Vaccination report Assam 1896-1927 - 1896-1927
Year: 1896
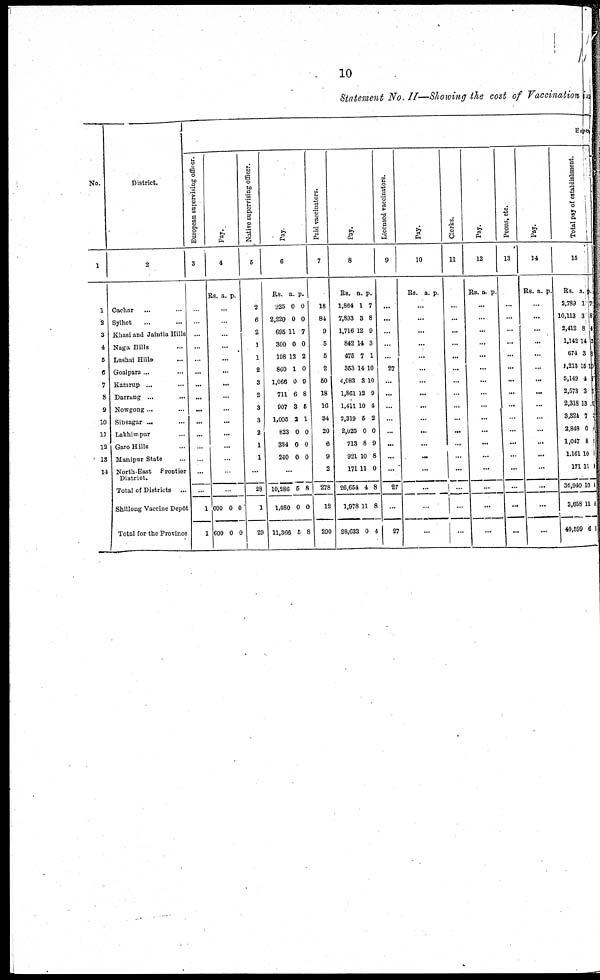
10
Statement No. II—Showing the cost of Vaccination in
No.
1
1
2
3
4
5
6
7
8
9
10
11
12
13
14
District.
2
Cachar ... ...
Sylhet ... ...
Khasi and Jaintia Hills
Noga Bills ...
Lushai Hills. ...
Goalpara ...
Kamrup ... ...
Darrung ... ...
Nowgong... ...
Sibsagar ... ...
Lakhimpur ...
Garo Hills ...
Manipur State ...
North-East
Frontier
District.
Total of Districts
...
Shillong Vaccine Depôt
Total for the Province
Expen
European supervising officer.
3
...
...
...
...
...
...
...
...
...
...
...
...
...
...
...
1
1
Pay.
4
Rs. a. p.
...
...
...
...
...
...
...
...
...
...
...
...
...
...
...
600
600
0
0
0
0
Native supervising officer.
6
2
6
2
1
1
2
3
2
3
3
2
1
1
...
28
1
29
Pay
6
Rs.
925
2,220
695
300
198
860
1,066
711
907
1,005
823
334
240
a.
0
0
11
0
12
1
0
6
3
2
0
0
0
p.
0
0
7
0
2
0
9
8
5
1
0
0
0
...
10,286
1,080
11,366
5
0
5
8
0
8
Paid vaccinators.
7
18
84
9
5
5
2
50
18
16
34
20
6
9
2
278
12
290
Pay.
8
Rs.
1,864
7,893
1,716
842
476
353
4,083
1,861
1,411
2,319
2,025
713
921
171
26,654
1,978
28,633
a.
1
3
12
14
7
14
3
12
10
5
0
8
10
11
4
11
0
p.
7
8
9
3
1
10
10
9
4
2
0
9
8
0
8
8
4
Licensed vaccinators.
9
...
...
...
...
27
...
...
...
...
...
...
...
...
27
...
27
Pay.
10
Rs. a. p.
...
...
...
...
...
...
...
...
...
...
...
...
...
...
...
...
...
Clerks.
11
...
...
...
...
...
...
...
...
...
...
...
...
...
...
...
...
...
Pay.
12
Rs. a. p.
...
...
...
...
...
...
...
...
...
...
...
...
...
...
...
...
...
Peons, etc.
13
...
...
...
...
...
...
...
...
...
...
...
...
...
...
...
...
...
Pay.
14
Rs. a. p.
...
...
...
...
...
...
...
...
...
...
...
...
...
...
...
...
...
Total pay of establishment.
15
Rs.
2,789
10,113
2,412
1,142
674
1,213
5,149
2,573
2,318
3,324
2,848
1,047
1,161
171
36,940
3,658
40,599
a.
1
3
8
14
3
15
4
3
13
7
0
8
10
11
10
11
6
p.
7
8
4
3
3
10
7
5
5
3
0
1
1
1
4
1
0